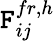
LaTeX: \boldsymbol{\mathtt{F}}_{ij}^{fr,h}